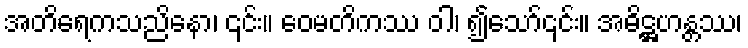
အတိရေကသညိနော၊ ၎င်း။ ဝေမတိကဿ ဝါ၊ ၍သော်၎င်း။ အဓိဋ္ဌဟန္တဿ၊